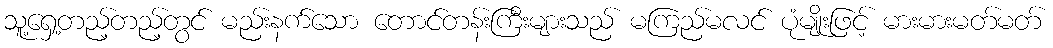
သူ့ရှေ့တည့်တည့်တွင် မည်းနက်သော တောင်တန်းကြီးများသည် မကြည်မလင် ပုံမျိုးဖြင့် မားမားမတ်မတ်